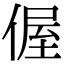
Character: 偓